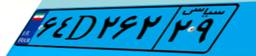
۶۴D۲۶۲۲۹